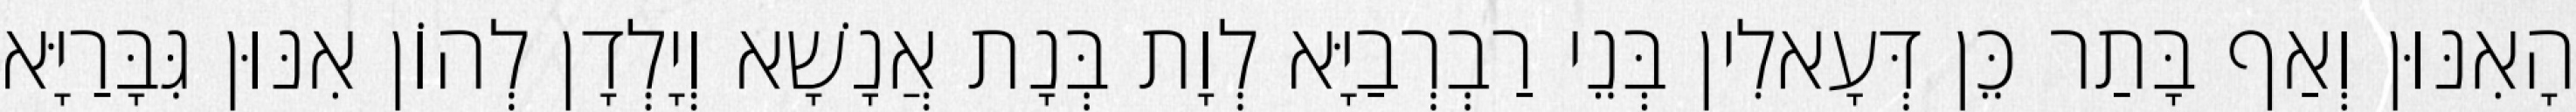
הָאִנּוּן וְאַף בָּתַר כֵּן דְּעָאלִין בְּנֵי רַבְרְבַיָּא לְוָת בְּנָת אֲנָשָׁא וְיָלְדָן לְהוֹן אִנּוּן גִּבָּרַיָּא